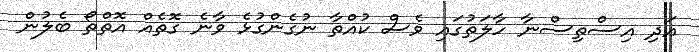
އަދި އިސްތިސްނާ ހާލަތުގައި ވެސް ކުއްތާ ނުގެންގުޅެ ވާނެ ގޮތެއް އޮތްތޯ ބެލުން